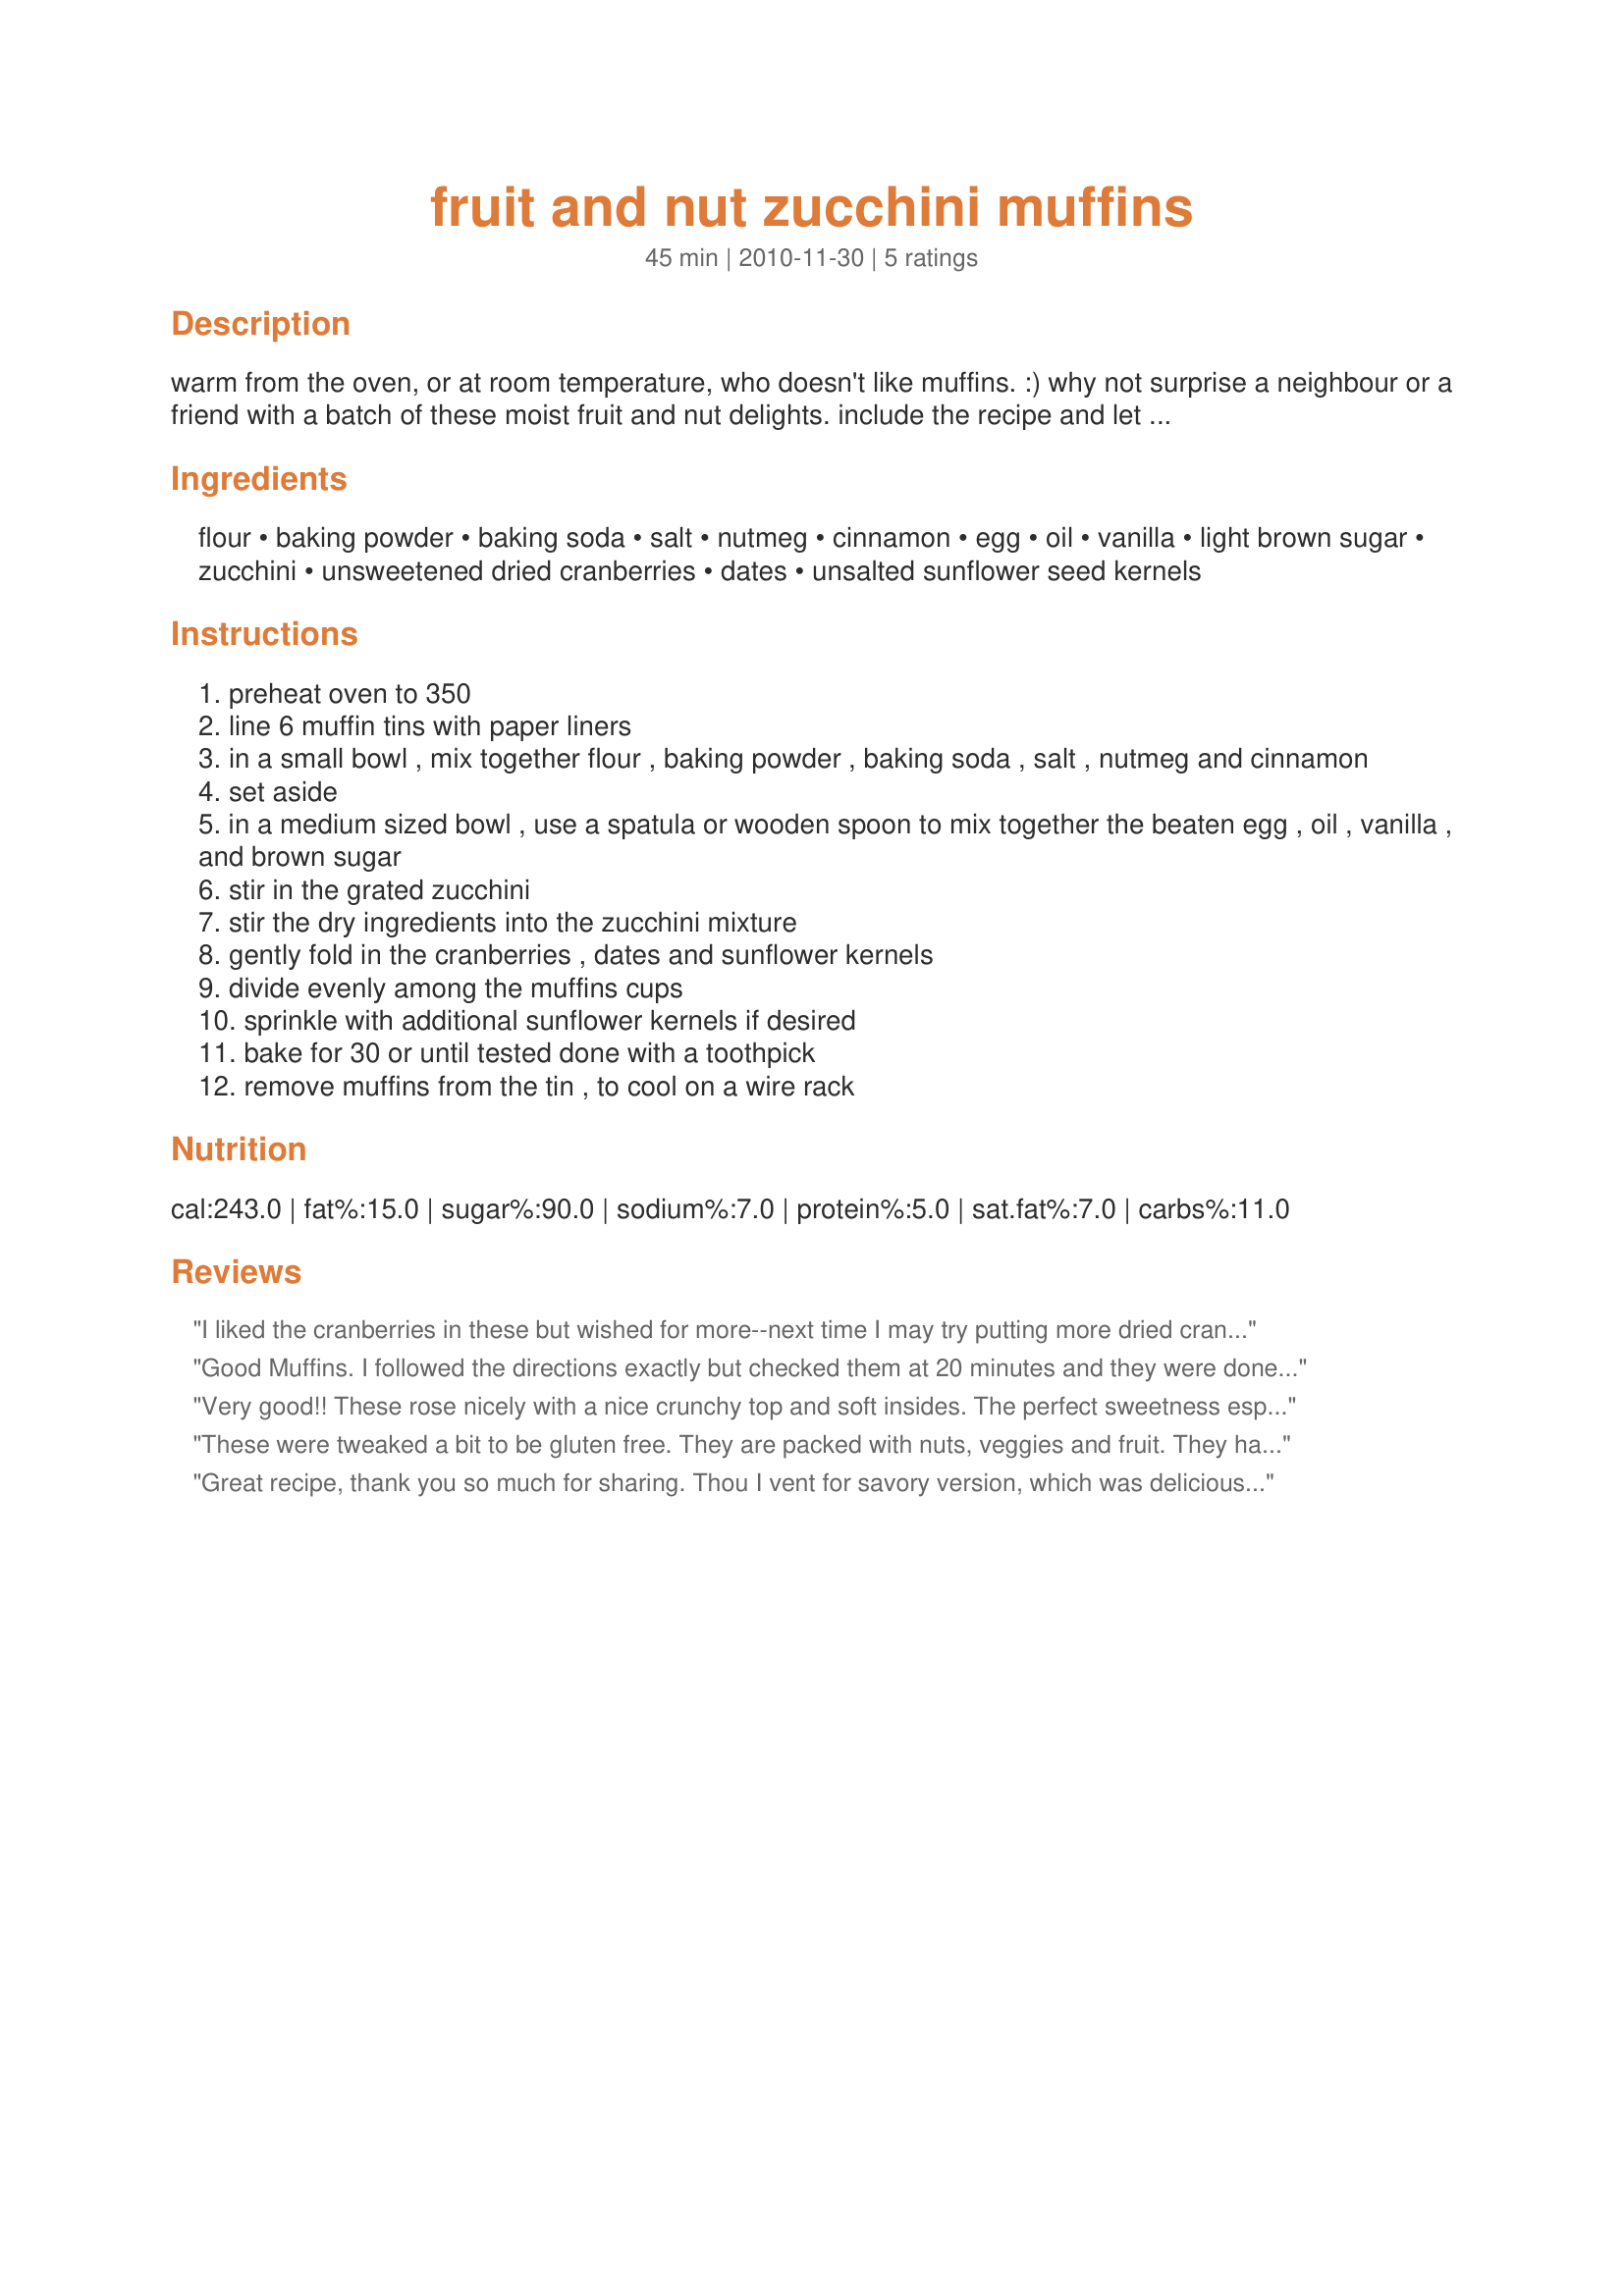
fruit and nut zucchini muffins
Preparation time: 45 minutes

warm from the oven, or at room temperature, who doesn't like muffins. :) why not surprise a neighbour or a friend with a batch of these moist fruit and nut delights. include the recipe and let them keep the muffin tin as a wonderful gift. created for the 2010 category craze-e contest.

Ingredients:
flour, baking powder, baking soda, salt, nutmeg, cinnamon, egg, oil, vanilla, light brown sugar, zucchini, unsweetened dried cranberries, dates, unsalted sunflower seed kernels

Steps:
preheat oven to 350
line 6 muffin tins with paper liners
in a small bowl , mix together flour , baking powder , baking soda , salt , nutmeg and cinnamon
set aside
in a medium sized bowl , use a spatula or wooden spoon to mix together the beaten egg , oil , vanilla , and brown sugar
stir in the grated zucchini
stir the dry ingredients into the zucchini mixture
gently fold in the cranberries , dates and sunflower kernels
divide evenly among the muffins cups
sprinkle with additional sunflower kernels if desired
bake for 30 or until tested done with a toothpick
remove muffins from the tin , to cool on a wire rack

Reviews:
I liked the cranberries in these but wished for more--next time I may try putting more dried cranberries. The sunflower seeds and kernels made this "good for you," but the oil is a factor--to skinny this up, the baby food carrots could be used in its place or applesauce. Cinnamin, nutmeg and brown sugar always make stuff taste great and it does in these muffins, too! Nice creative use of ingredients.
Good Muffins. I followed the directions exactly but checked them at 20 minutes and they were done. They rose nicely and filled the 6 muffin tins perfectly. Sunflower seeds add a nice crunch but were overpowering...I think they may have been better just sprinkled on top. Overall, these are soft tasty muffins but were best out of the oven and not so great the next day...so I don't think they would make good gift muffins.
Very good!! These rose nicely with a nice crunchy top and soft insides. The perfect sweetness especially with a sprinkle of sunflower seeds on top! I did have to change a few basics that I always do, to fit our diet. I made these muffins gluten free by using recipe#360337 in the appropriate amount which was a bit more than half batch. I used apple cider vinegar and a little extra baking soda for baking powder since I haven't found any kind we can have. I used sea salt, a bit less allspice to replace the nutmeg since we don't consume intoxicants in any amount. I added a little extra cinnamon per preference, used canola oil, vanilla paste in a lesser amount, dark brown sugar, medjool dates, plus the rest. Made for Craze-E Contest Dec 2010.
These were tweaked a bit to be gluten free. They are packed with nuts, veggies and fruit. They had a nice texture and flavor. They were a bit sweet for my taste and I might reduce the sugar to 1/4 or 1/3 cup. Good luck in the contest.
Great recipe, thank you so much for sharing.
Thou I vent for savory version, which was delicious.
For the savory zuccini muffins, I ommited sugar completely and added 1 chopped shallot, some white pepper, salt, grained coriander, garlic powder and tabasco.
So yummy lunch/breakfast food!
